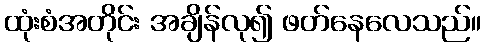
ထုံးစံအတိုင်း အချိန်လု၍ ဖတ်နေလေသည်။